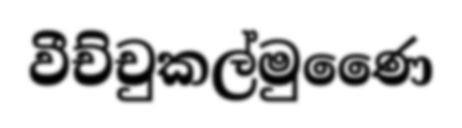
වීච්චුකල්මුණෛ